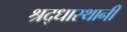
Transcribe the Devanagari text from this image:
श्रद्धास्थानी